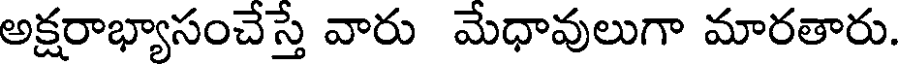
అక్షరాభ్యాసంచేస్తే వారు మేధావులుగా మారతారు.